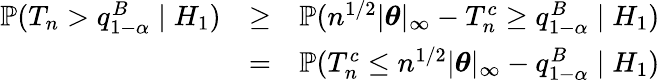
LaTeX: \begin{array}{rlr}{{\mathbb{P}}(T_{n}>q_{1-\alpha}^{B}\mid H_{1})}&{\geq}&{{\mathbb{P}}(n^{1/2}|{\boldsymbol\theta}|_{\infty}-{T}_{n}^{c}\geq q_{1-\alpha}^{B}\mid H_{1})}\\ &{=}&{{\mathbb{P}}({T}_{n}^{c}\leq n^{1/2}|{\boldsymbol\theta}|_{\infty}-q_{1-\alpha}^{B}\mid H_{1})}\end{array}